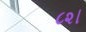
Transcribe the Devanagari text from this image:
८२।